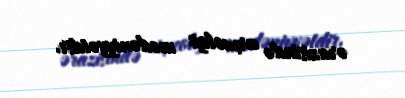
ərazisində arxeoloji mədəniyyətdir.